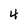
Character: 4